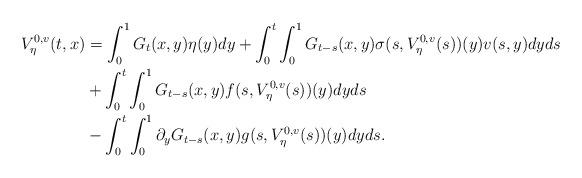
LaTeX: \begin{align*}V^{0,v}_{\eta}(t,x) &= \int_0^1 G_t(x,y)\eta(y)dy +\int_0^t\int_0^1G_{t-s}(x,y)\sigma(s,V^{0,v}_{\eta} (s))(y)v(s,y)dyds\\&+\int_0^t\int_0^1G_{t-s}(x,y)f(s,V^{0,v}_{\eta} (s))(y)dyds\\&-\int_0^t\int_0^1\partial_yG_{t-s}(x,y)g(s, V^{0,v}_{\eta}(s))(y)dyds.\end{align*}